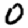
Digit: 0